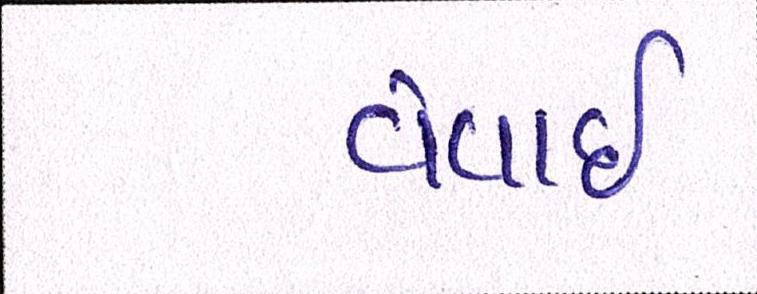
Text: વેવાઈ